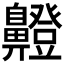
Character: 𮮸